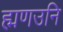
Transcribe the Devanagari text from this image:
ह्मणउनि